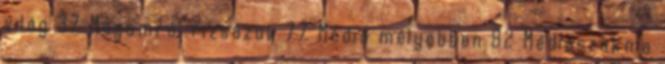
világ 37 Magamról rizsázok 77 Média mélyebben 82 Médiaszakma